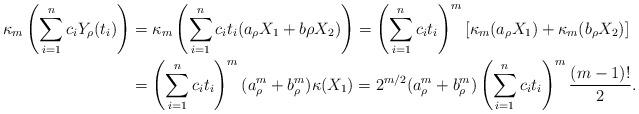
LaTeX: \begin{align*}\kappa_m \left( \sum_{i=1}^n c_i Y_\rho(t_i) \right)&=\kappa_m \left( \sum_{i=1}^n c_i t_i(a_\rho X_1+b\rho X_2) \right)=\left(\sum_{i=1}^n c_i t_i\right)^m [\kappa_m(a_\rho X_1)+\kappa_m(b_\rho X_2)]\\&= \left(\sum_{i=1}^n c_i t_i\right)^m(a_\rho^m+b_\rho^m) \kappa(X_1)= 2^{m/2}(a_\rho^m+b_\rho^m)\left(\sum_{i=1}^n c_i t_i\right)^m \frac{(m-1)!}{2}. \end{align*}